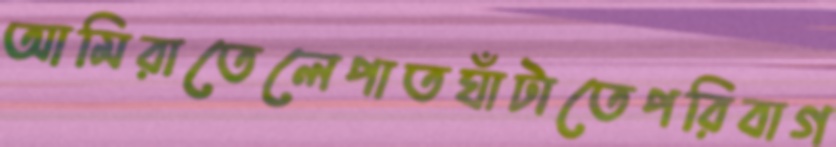
আমিরাতেলেপাতঘাঁটাতেপরিবাগ